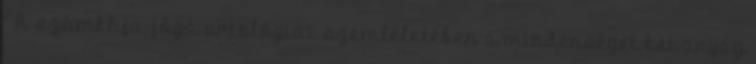
" A számkhja-jóga ontológiai szemléletében a mindenséget két anyag